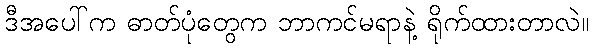
ဒီအပေါ်က ဓာတ်ပုံတွေက ဘာကင်မရာနဲ့ ရိုက်ထားတာလဲ။